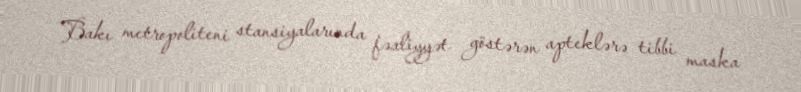
Bakı metropoliteni stansiyalarında fəaliyyət göstərən apteklərə tibbi maska